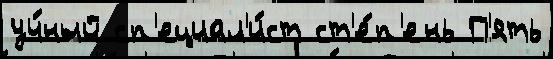
уч́ный сп'ециал'и́ст ст'е́п'ень П'ять